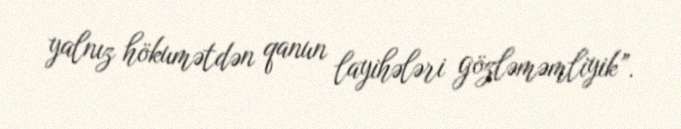
yalnız hökumətdən qanun layihələri gözləməmliyik”.